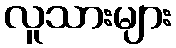
လူသားများ